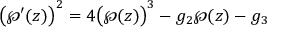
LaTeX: { \bigl ( } \wp ^ { \prime } ( z ) { \bigr ) } ^ { 2 } = 4 { \bigl ( } \wp ( z ) { \bigr ) } ^ { 3 } - g _ { 2 } \wp ( z ) - g _ { 3 }